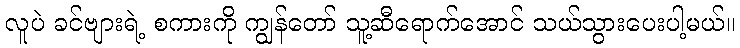
လူပဲ ခင်ဗျားရဲ့ စကားကို ကျွန်တော် သူ့ဆီရောက်အောင် သယ်သွားပေးပါ့မယ်။